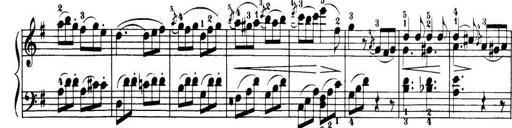
Title: 32 Sonatinas and Rondos for the Piano
Composer: Richard Kleinmichel